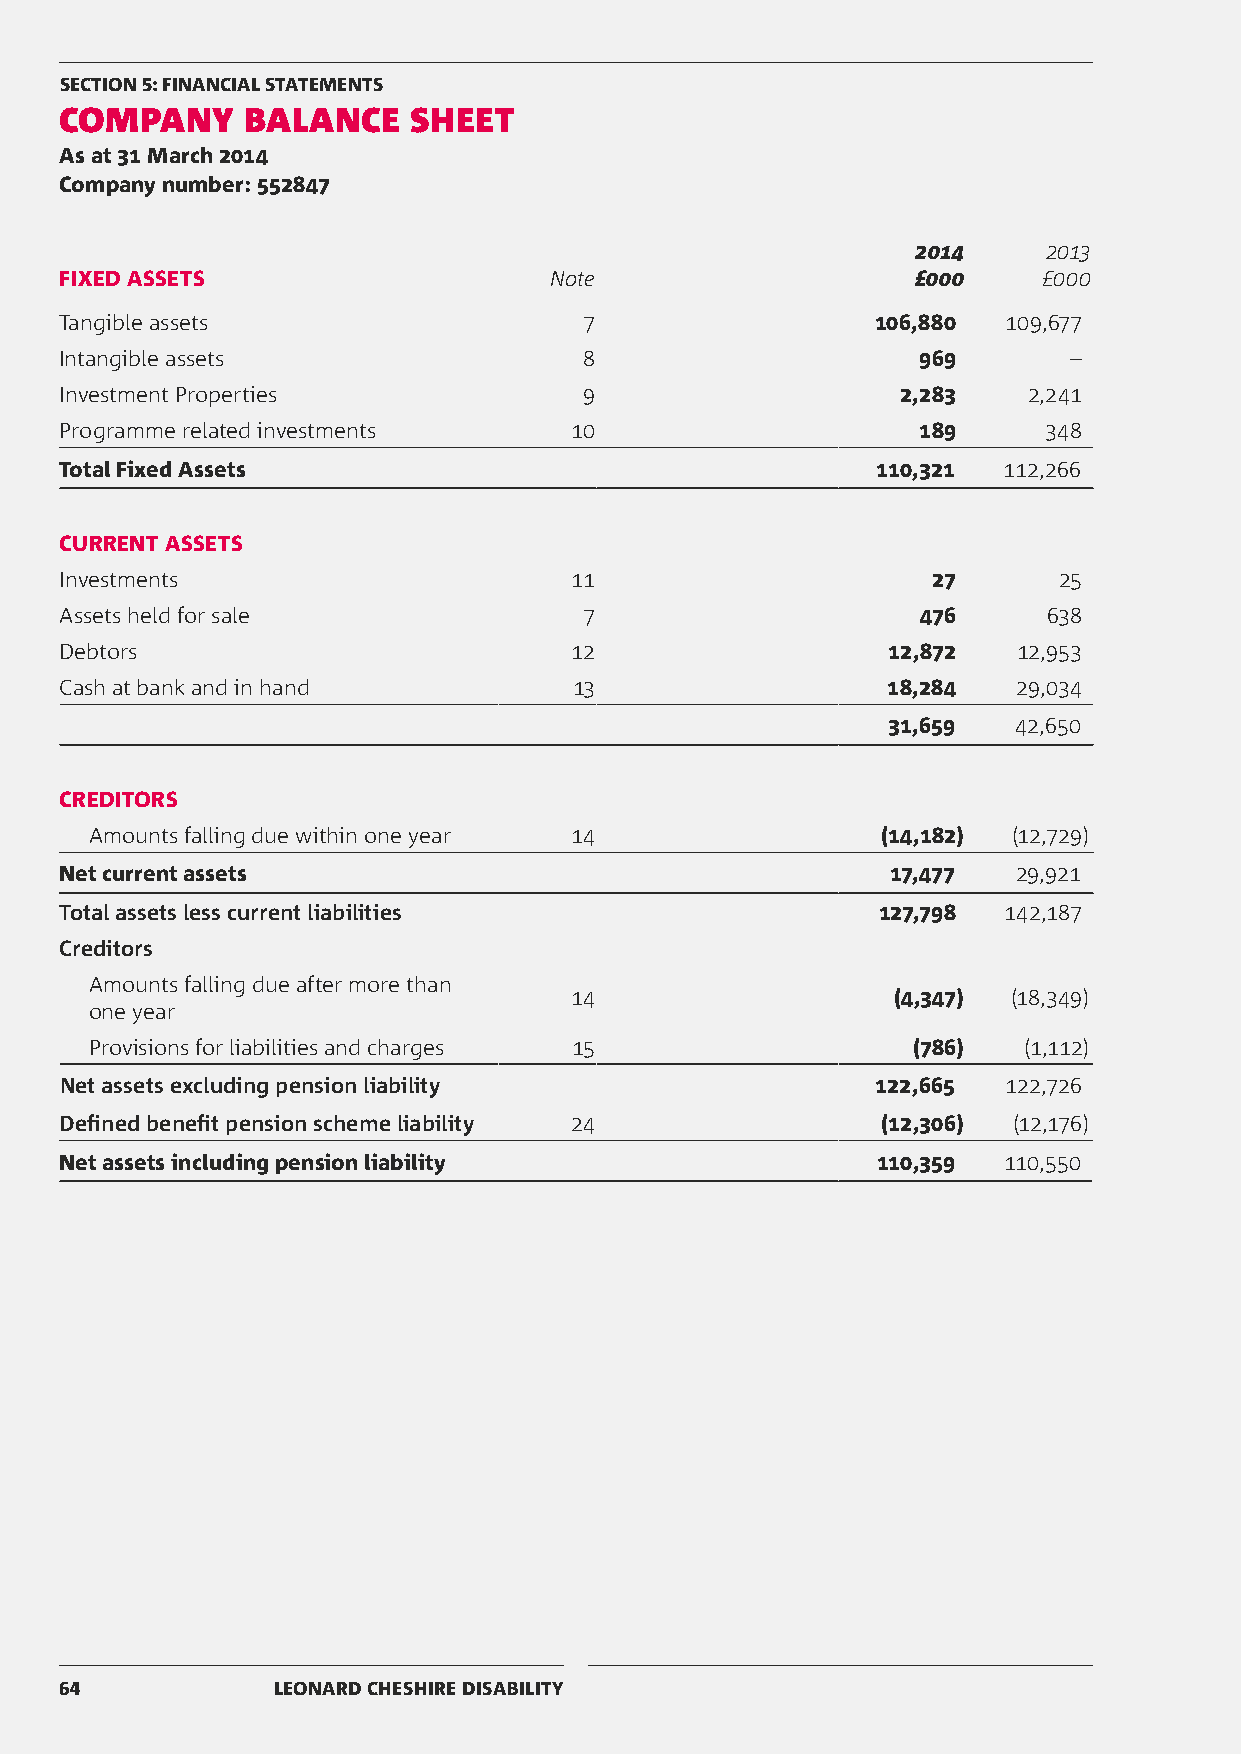
SECTION 5: FINANCIAL STATEMENTS
 COMPANY     BALANCE    SHEET
 As at 31 March 2014
 Company number: 552847
 2014    2013
 FIXED ASSETS                    Note                     £000    £000
 Tangible assets                    7                  106,880  109,677
 Intangible assets                  8                     969       –
 Investment Properties              9                    2,283   2,241
 Programme related investments     10                     189     348
 Total Fixed Assets                                    110,321 112,266
 CURRENT ASSETS
 Investments                       11                      27      25
 Assets held for sale               7                     476     638
 Debtors                           12                   12,872  12,953
 Cash at bank and in hand          13                   18,284  29,034
 31,659  42,650
 CREDITORS
 Amounts falling due within one year 14              (14,182) (12,729)
 Net current assets                                     17,477  29,921
 Total assets less current liabilities                 127,798 142,187
 Creditors
 Amounts falling due after more than
 14                   (4,347) (18,349)
 one year
 Provisions for liabilities and charges 15             (786)   (1,112)
 Net assets excluding pension liability                122,665 122,726
 Defined benefit pension scheme liability 24           (12,306) (12,176)
 Net assets including pension liability                110,359 110,550
 64            LEONARD CHESHIRE DISABILITY